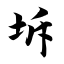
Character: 坼